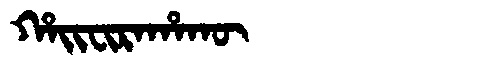
Manchu: ᡥᠠᡳᠸᡳᡵᠠᡥᠠᡴᡡ
Romanization: HAIFIRAHAKŪ